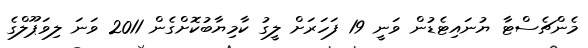
މެންޗެސްޓާ ޔުނައިޓެޑުން ވަނީ 19 ފަހަރަށް ލީގު ކާމިޔާބުކޮށްގެން 2011 ވަނަ ލިވަޕޫލްގެ